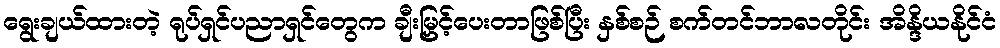
ရွေးချယ်ထားတဲ့ ရုပ်ရှင်ပညာရှင်တွေက ချီးမြှင့်ပေးတာဖြစ်ပြီး နှစ်စဉ် စက်တင်ဘာလတိုင်း အိန္ဒိယနိုင်ငံ